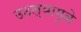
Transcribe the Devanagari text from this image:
उठल्यामुळे